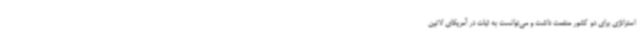
استراتژی برای دو کشور منفعت داشت و می‌توانست به ثبات در آمریکای لاتین